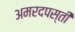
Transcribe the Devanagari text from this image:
अमरदपस्ती